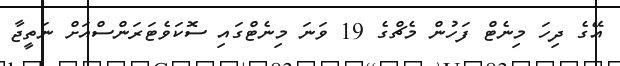
އޭގެ ދިހަ މިނެޓް ފަހުން މެޗްގެ 19 ވަނަ މިނެޓްގައި ސޮކަވެޓަރަންސްއަށް ނަތީޖާ